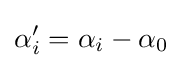
\alpha _{i}'=\alpha _{i}-\alpha _{0}